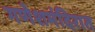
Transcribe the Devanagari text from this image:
गणेशमंदिरात